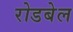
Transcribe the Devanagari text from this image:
रोडबेल